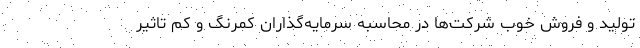
تولید و فروش خوب شرکت‌ها در محاسبه سرمایه‌گذاران کمرنگ و کم تاثیر